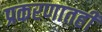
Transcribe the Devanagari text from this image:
प्रकरणातही